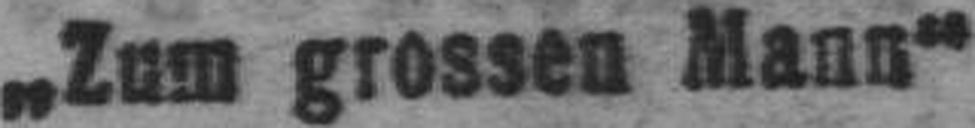
„Zum grossen Mann“